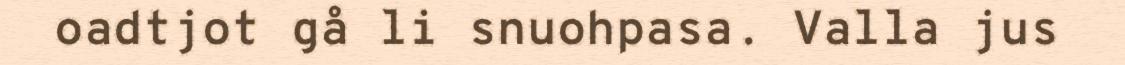
oadtjot gå li snuohpasa. Valla jus